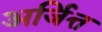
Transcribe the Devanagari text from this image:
अर्जित्त